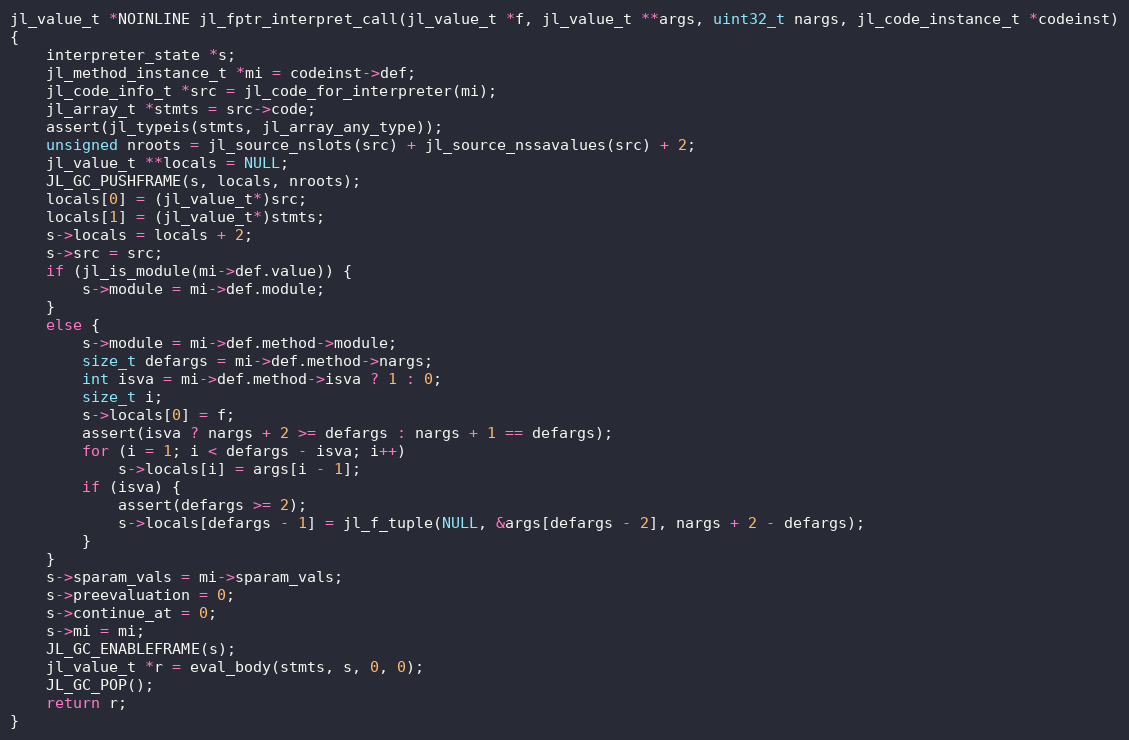
Language: C
jl_value_t *NOINLINE jl_fptr_interpret_call(jl_value_t *f, jl_value_t **args, uint32_t nargs, jl_code_instance_t *codeinst)
{
    interpreter_state *s;
    jl_method_instance_t *mi = codeinst->def;
    jl_code_info_t *src = jl_code_for_interpreter(mi);
    jl_array_t *stmts = src->code;
    assert(jl_typeis(stmts, jl_array_any_type));
    unsigned nroots = jl_source_nslots(src) + jl_source_nssavalues(src) + 2;
    jl_value_t **locals = NULL;
    JL_GC_PUSHFRAME(s, locals, nroots);
    locals[0] = (jl_value_t*)src;
    locals[1] = (jl_value_t*)stmts;
    s->locals = locals + 2;
    s->src = src;
    if (jl_is_module(mi->def.value)) {
        s->module = mi->def.module;
    }
    else {
        s->module = mi->def.method->module;
        size_t defargs = mi->def.method->nargs;
        int isva = mi->def.method->isva ? 1 : 0;
        size_t i;
        s->locals[0] = f;
        assert(isva ? nargs + 2 >= defargs : nargs + 1 == defargs);
        for (i = 1; i < defargs - isva; i++)
            s->locals[i] = args[i - 1];
        if (isva) {
            assert(defargs >= 2);
            s->locals[defargs - 1] = jl_f_tuple(NULL, &args[defargs - 2], nargs + 2 - defargs);
        }
    }
    s->sparam_vals = mi->sparam_vals;
    s->preevaluation = 0;
    s->continue_at = 0;
    s->mi = mi;
    JL_GC_ENABLEFRAME(s);
    jl_value_t *r = eval_body(stmts, s, 0, 0);
    JL_GC_POP();
    return r;
}